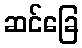
ဆင်ခြေ